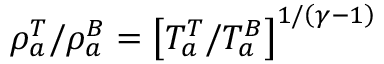
\rho _ { a } ^ { T } / \rho _ { a } ^ { B } = \left[ T _ { a } ^ { T } / T _ { a } ^ { B } \right] ^ { 1 / \left( \gamma - 1 \right) }